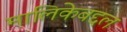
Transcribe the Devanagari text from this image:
मालिकेबद्दल